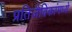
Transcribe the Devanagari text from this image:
प्रतिजैविकांमध्ये